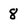
Character: 8